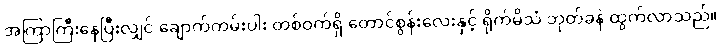
အကြာကြီးနေပြီးလျှင် ချောက်ကမ်းပါး တစ်ဝက်ရှိ တောင်စွန်းလေးနှင့် ရိုက်မိသံ ဘုတ်ခနဲ ထွက်လာသည်။